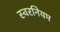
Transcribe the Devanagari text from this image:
स्वरनियम